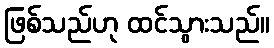
ဖြစ်သည်ဟု ထင်သွားသည်။